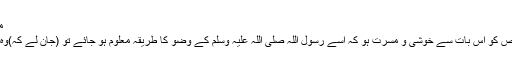
مسند احمد
جس شخص کو اس بات سے خوشی و مسرت ہو کہ اسے رسول اللہ صلی اللہ علیہ وسلم کے وضو کا طریقہ معلوم ہو جائے تو (جان لے کہ)وہ یہی ہے۔